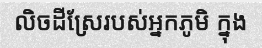
លិចដីស្រែរបស់អ្នកភូមិ ក្នុង